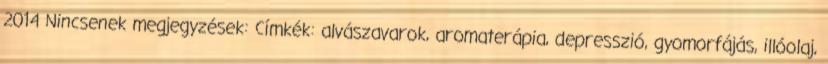
2014 Nincsenek megjegyzések: Címkék: alvászavarok, aromaterápia, depresszió, gyomorfájás, illóolaj,